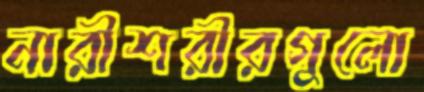
নারীশরীরগুলো